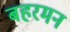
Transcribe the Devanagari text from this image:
बहरमन